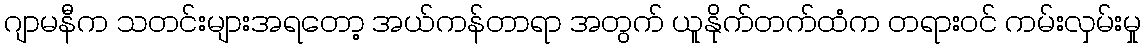
ဂျာမနီက သတင်းများအရတော့ အယ်ကန်တာရာ အတွက် ယူနိုက်တက်ထံက တရားဝင် ကမ်းလှမ်းမှု